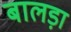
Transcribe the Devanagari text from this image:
बालड़ा